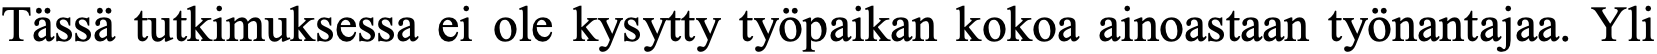
Tässä tutkimuksessa ei ole kysytty työpaikan kokoa ainoastaan työnantajaa. Yli